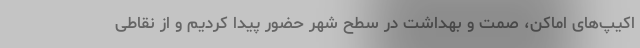
اکیپ‌های اماکن، صمت و بهداشت در سطح شهر حضور پیدا کردیم و از نقاطی